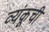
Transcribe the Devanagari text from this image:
व्यंकूची